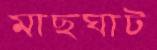
মাছঘাট